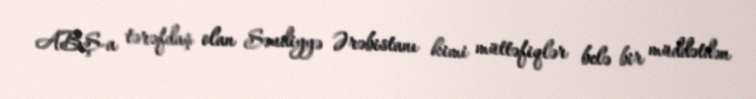
ABŞ-a tərəfdaş olan Səudiyyə Ərəbistanı kimi müttəfiqlər belə bir müddətdən